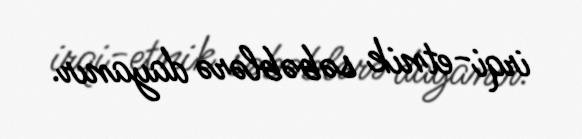
irqi-etnik səbəblərə dayanır.